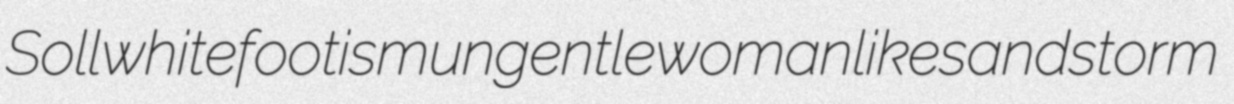
Soll whitefootism ungentlewomanlike sandstorm